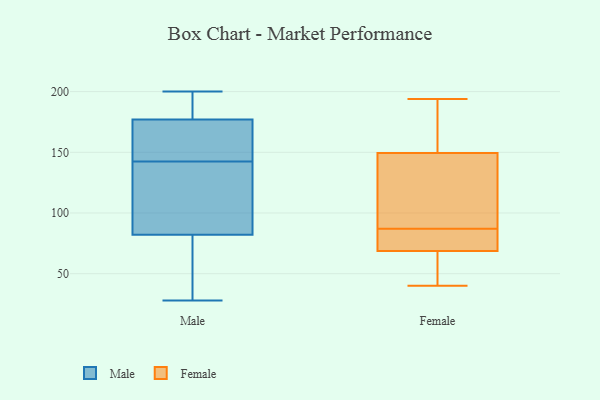
{"axis": {"x": "Operating Costs (USD K)", "y": "Value"}, "legend": ["Female", "Male"], "data": [{"x": "", "y": 181, "type": "Male"}, {"x": "", "y": 32, "type": "Male"}, {"x": "", "y": 124, "type": "Male"}, {"x": "", "y": 188, "type": "Male"}, {"x": "", "y": 177, "type": "Male"}, {"x": "", "y": 82, "type": "Male"}, {"x": "", "y": 198, "type": "Male"}, {"x": "", "y": 135, "type": "Male"}, {"x": "", "y": 28, "type": "Male"}, {"x": "", "y": 105, "type": "Male"}, {"x": "", "y": 150, "type": "Male"}, {"x": "", "y": 34, "type": "Male"}, {"x": "", "y": 176, "type": "Male"}, {"x": "", "y": 200, "type": "Male"}, {"x": "", "y": 87, "type": "Male"}, {"x": "", "y": 77, "type": "Male"}, {"x": "", "y": 168, "type": "Male"}, {"x": "", "y": 156, "type": "Male"}, {"x": "", "y": 194, "type": "Female"}, {"x": "", "y": 85, "type": "Female"}, {"x": "", "y": 163, "type": "Female"}, {"x": "", "y": 134, "type": "Female"}, {"x": "", "y": 169, "type": "Female"}, {"x": "", "y": 145, "type": "Female"}, {"x": "", "y": 70, "type": "Female"}, {"x": "", "y": 87, "type": "Female"}, {"x": "", "y": 41, "type": "Female"}, {"x": "", "y": 97, "type": "Female"}, {"x": "", "y": 65, "type": "Female"}, {"x": "", "y": 78, "type": "Female"}, {"x": "", "y": 40, "type": "Female"}]}